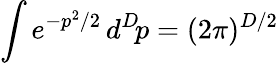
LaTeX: \int e^{-p^{2}/2}\, d^{D}\! p=(2\pi)^{D/2}